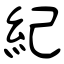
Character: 紀